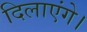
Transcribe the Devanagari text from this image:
दिलाएंगे।